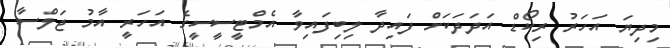
މިދިޔަ އަހަރު ރިކޯޑް އަދަދަކަށް ފައިދާ ލިބިފައިވާ އެމްޓީސީސީގެ އަހަރީ އާމު ޖަލްސާ